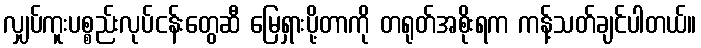
လျှပ်ကူးပစ္စည်းလုပ်ငန်းတွေဆီ မြေရှားပို့တာကို တရုတ်အစိုးရက ကန့်သတ်ချင်ပါတယ်။